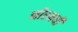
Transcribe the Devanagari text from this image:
नीरमयी